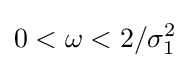
0<\omega <2/\sigma _{1}^{2}